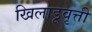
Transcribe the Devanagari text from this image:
खिलाडूवृत्ती